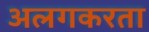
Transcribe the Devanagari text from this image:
अलगकरता